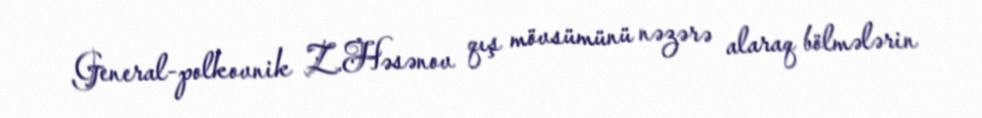
General-polkovnik Z.Həsənov qış mövsümünü nəzərə alaraq bölmələrin